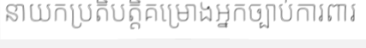
នាយកប្រតិបត្តិគម្រោងអ្នកច្បាប់ការពារ